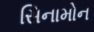
સિનામોન